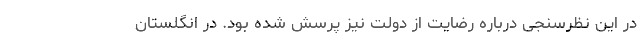
در این نظرسنجی درباره رضایت از دولت نیز پرسش شده بود. در انگلستان